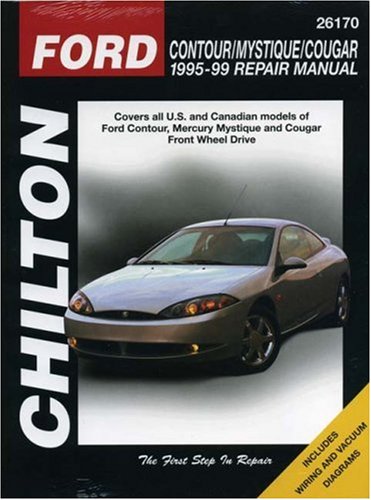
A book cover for Ford Contour, Mystique and Cougar, 1995-99 (Chilton Total Car Care Series Manuals); Chilton; Engineering & Transportation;